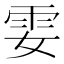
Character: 𩁻